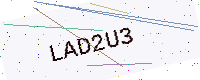
Text: LAD2U3